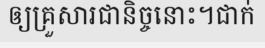
ឲ្យគ្រួសារជានិច្ចនោះ។ជាក់